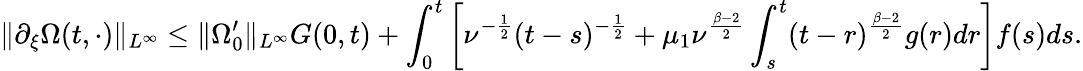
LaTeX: \| \partial_{\xi}\Omega(t,\cdot)\| _{L^{\infty}}\leq\| \Omega_{0}^{\prime}\| _{L^{\infty}}G(0,t)+\int_{0}^{t}\left[\nu^{-\frac{1}{2}}(t-s)^{-\frac{1}{2}}+\mu_{1}\nu^{\frac{\beta-2}{2}}\int_{s}^{t}(t-r)^{\frac{\beta-2}{2}}g(r)dr\right]f(s)ds.